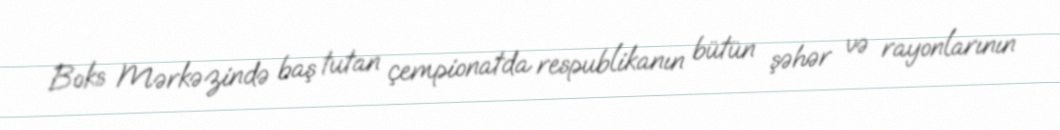
Boks Mərkəzində baş tutan çempionatda respublikanın bütün şəhər və rayonlarının